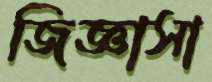
জিজ্ঞাসা